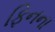
ફિનના